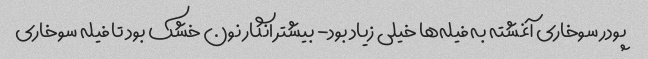
پودر سوخاری آغشته به فیله‌ها خیلی زیاد بود- بیشتر انگار نون خشک بود تا فیله سوخاری